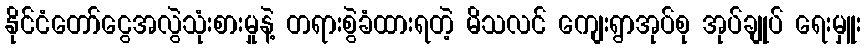
နိုင်ငံတော်ငွေအလွဲသုံးစားမှုနဲ့ တရားစွဲခံထားရတဲ့ မိသလင် ကျေးရွာအုပ်စု အုပ်ချုပ် ရေးမှူး